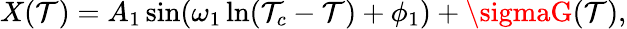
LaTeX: X(\mathcal{T})=A_{1}\sin(\omega_{1}\ln(\mathcal{T}_{c}-\mathcal{T})+\phi_{1})+\sigmaG(\mathcal{T}),